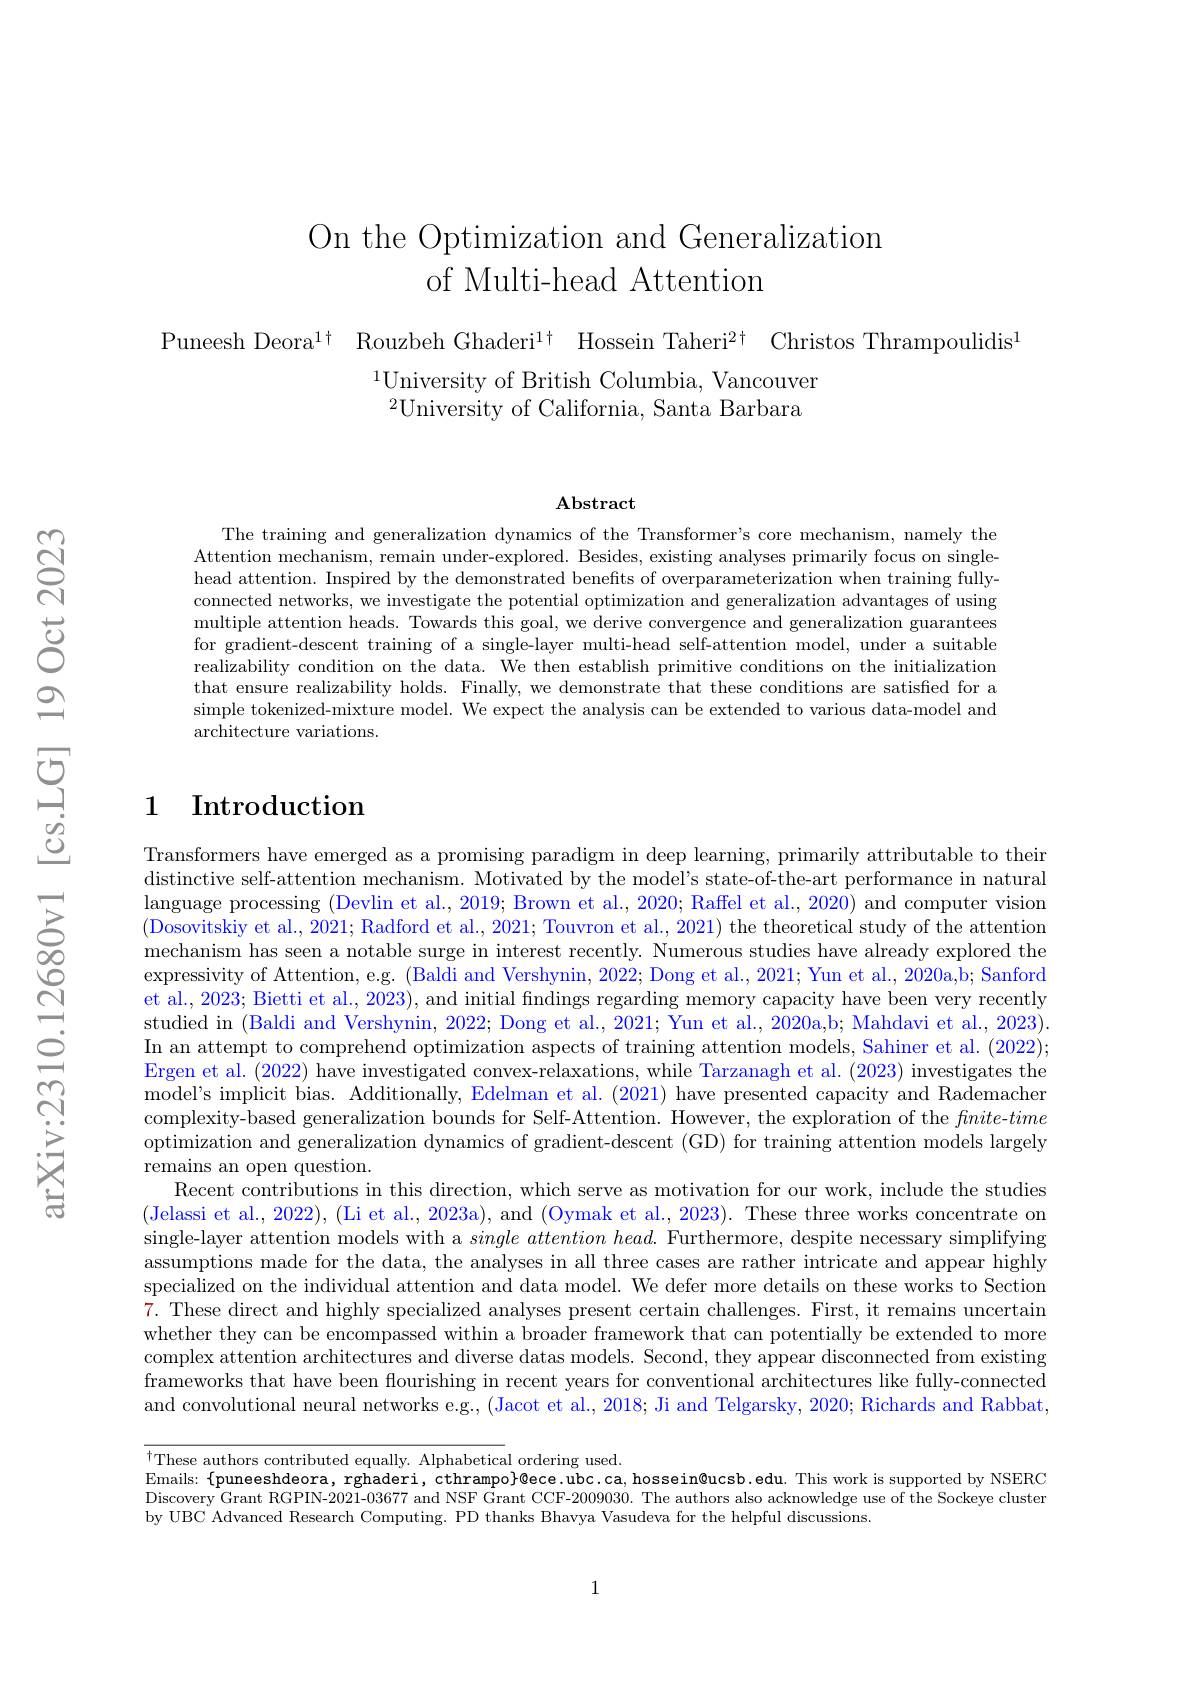
# On the Optimization and Generalization of Multi-head Attention

Puneesh Deora$^1\dagger$ Rouzbeh Ghaderi$^1\dagger$ Hossein Taheri$^2\dagger$ Christos Thrampoulidis$^{1}$
$^{1}$University of British Columbia, Vancouver $^{2}$University of California, Santa Barbara

$\mathbf{Abstract}$

The training and generalization dynamics of the Transformer's core mechanism, namely the Attention mechanism, remain under-explored. Besides, existing analyses primarily focus on singlehead attention. Inspired by the demonstrated benefits of overparameterization when training fullyconnected networks, we investigate the potential optimization and generalization advantages of using multiple attention heads. Towards this goal, we derive convergence and generalization guarantees for gradient-descent training of a single-layer multi-head self-attention model, under a suitable realizability condition on the data. We then establish primitive conditions on the initialization that ensure realizability holds. Finally, we demonstrate that these conditions are satisfied for a simple tokenized-mixture model. We expect the analysis can be extended to various data-model and architecture variations.

## 1 Introduction

Transformers have emerged as a promising paradigm in deep learning, primarily attributable to their distinctive self-attention mechanism. Motivated by the model's state-of-the-art performance in natural language processing (Devlin et al., 2019; Brown et al., 2020; Raffel et al., 2020) and computer vision (Dosovitskiy et al., 2021; Radford et al., 2021; Touvron et al., 2021) the theoretical study of the attention mechanism has seen a notable surge in interest recently. Numerous studies have already explored the expressivity of Attention, e.g. (Baldi and Vershynin, 2022; Dong et al., 2021; Yun et al., 2020a,b; Sanford et al., 2023; Bietti et al., 2023), and initial fındings regarding memory capacity have been very recently studied in (Baldi and Vershynin, 2022; Dong et al., 2021; Yun et al., 2020a,b; Mahdavi et al., 2023). In an attempt to comprehend optimization aspects of training attention models, Sahiner et al. (2022); Ergen et al. (2022) have investigated convex-relaxations, while Tarzanagh et al. (2023) investigates the model's implicit bias. Additionally, Edelman et al. (2021) have presented capacity and Rademacher complexity-based generalization bounds for Self-Attention. However, the exploration of the $fnite-time$ optimization and generalization dynamics of gradient-descent (GD) for training attention models largely remains an open question.
Recent contributions in this direction, which serve as motivation for our work, include the studies (Jelassi et al., 2022), (Li et al., 2023a), and (Oymak et al., 2023). These three works concentrate on single-layer attention models with a $single\textit{attention head. Furthermore, despite necessary simplifying}$ assumptions made for the data, the analyses in all three cases are rather intricate and appear highly specialized on the individual attention and data model. We defer more details on these works to Section 7. These direct and highly specialized analyses present certain challenges. First, it remains uncertain whether they can be encompassed within a broader framework that can potentially be extended to more complex attention architectures and diverse datas models. Second, they appear disconnected from existing frameworks that have been flourishing in recent years for conventional architectures like fully-connected and convolutional neural networks e.g., (Jacot et al., 2018; Ji and Telgarsky, 2020; Richards and Rabbat,

$\overline{^{\dagger}\text{These authors contributed equally. Alphabetical ordering used.}}$
Emails: $\{$puneeshdeora, rghaderi, cthrampo}@ece.ubc.ca, hossein@ucsb.edu. This work is supported by NSERC Discovery Grant RGPIN-2021-03677 and NSF Grant CCF-2009030. The authors also acknowledge use of the Sockeye cluster by UBC Advanced Research Computing. PD thanks Bhavya Vasudeva for the helpful discussions.

1